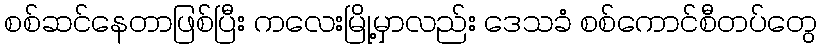
စစ်ဆင်နေတာဖြစ်ပြီး ကလေးမြို့မှာလည်း ဒေသခံ စစ်ကောင်စီတပ်တွေ